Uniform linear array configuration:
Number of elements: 64
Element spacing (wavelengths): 1
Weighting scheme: cosine
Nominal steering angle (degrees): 0
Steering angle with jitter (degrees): -0.667
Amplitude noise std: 0.05
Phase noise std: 0.05

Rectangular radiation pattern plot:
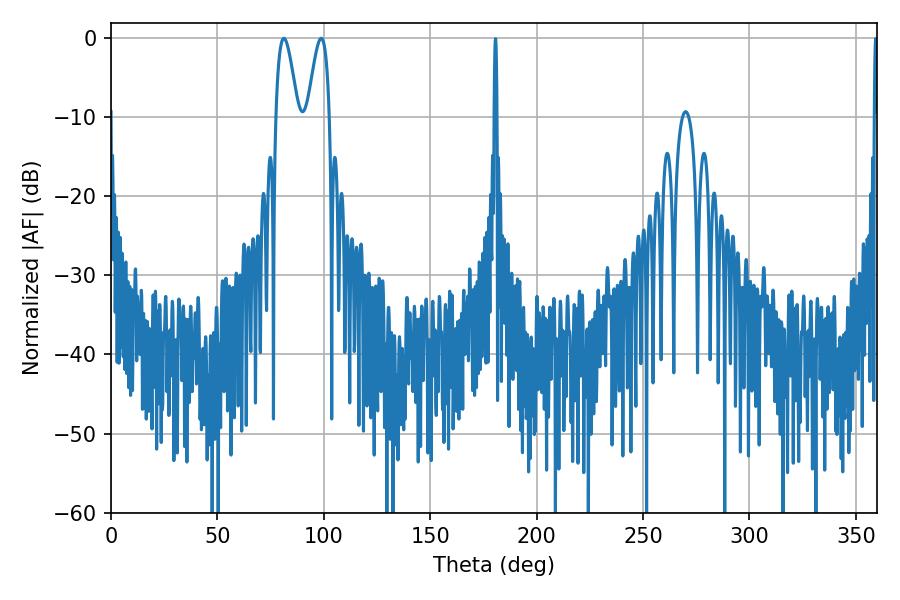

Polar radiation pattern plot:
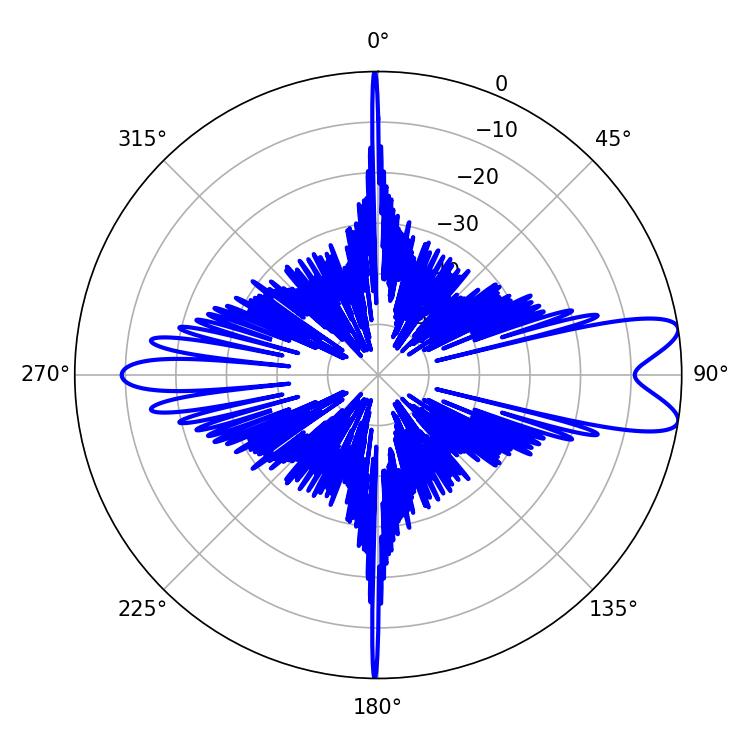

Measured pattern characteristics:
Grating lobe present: TRUE
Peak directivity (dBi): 9.937
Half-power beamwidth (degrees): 5.58
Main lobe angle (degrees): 81.18